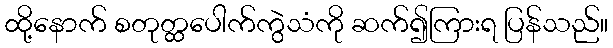
ထို့နောက် စတုတ္ထပေါက်ကွဲသံကို ဆက်၍ကြားရ ပြန်သည်။